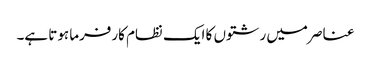
عناصر میں رشتوں کا ایک نظام کارفرما ہوتا ہے۔